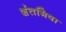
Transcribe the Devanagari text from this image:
शंतभिषा